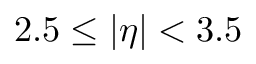
2 . 5 \le | \eta | < 3 . 5